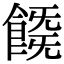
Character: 𩜚